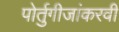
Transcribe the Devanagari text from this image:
पोर्तुगीजांकरवी